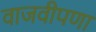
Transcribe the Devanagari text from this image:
वाजवीपणा